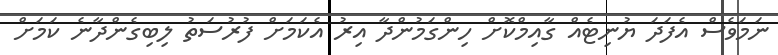
ނަމަވެސް އެފަދަ ޔުނިޓެއް ގާއިމްކޮށް ހިންގަމުންދާ އިރު އެކަމަށް ފުރުސަތު ލިބިގެންދާނެ ކަމަށް